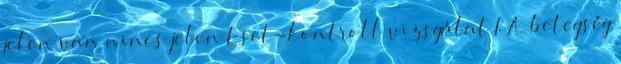
jelen van nincs jelen Eset-kontroll vizsgálat I. A betegség